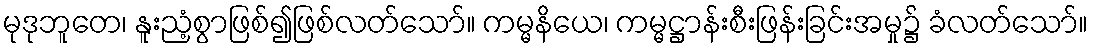
မုဒုဘူတေ၊ နူးညံ့စွာဖြစ်၍ဖြစ်လတ်သော်။ ကမ္မနိယေ၊ ကမ္မဋ္ဌာန်းစီးဖြန်းခြင်းအမှု၌ ခံလတ်သော်။